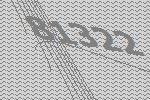
81322